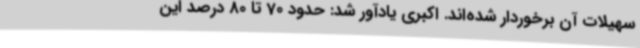
سهیلات آن برخوردار شده‌اند. اکبری یادآور شد: حدود 70 تا 80 درصد این